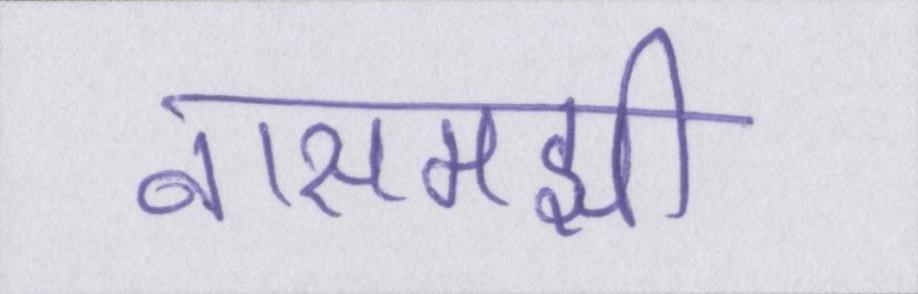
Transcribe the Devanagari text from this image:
नासमझी